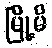
မြို့မိ